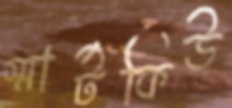
স্মার্টকিউ